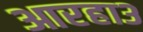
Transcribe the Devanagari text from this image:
आरहा३